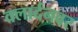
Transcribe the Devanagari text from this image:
क्लार्दनवर